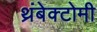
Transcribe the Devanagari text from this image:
थ्रंबेक्टोमी